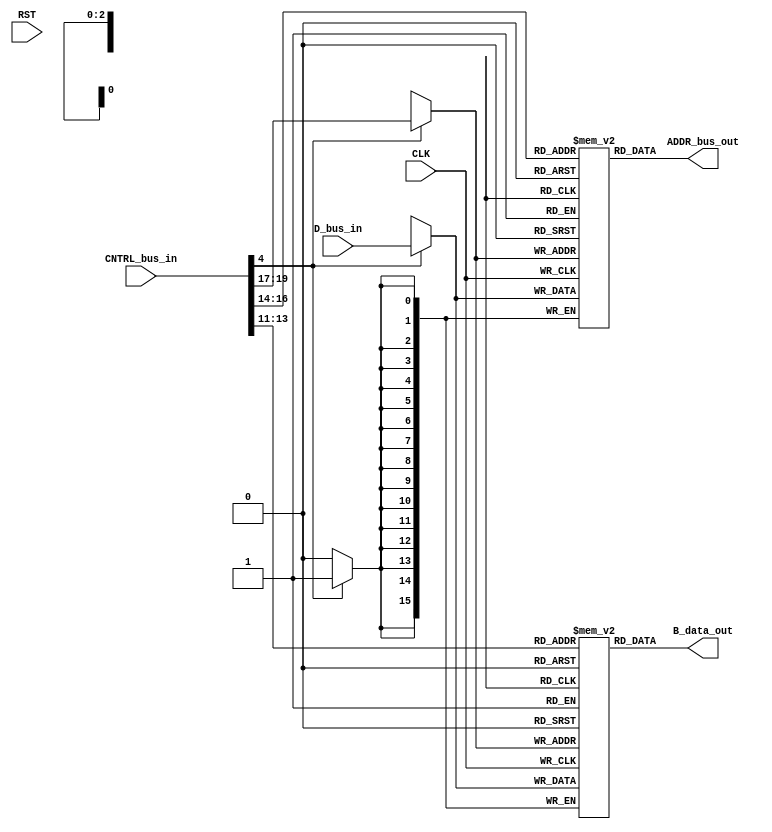
module Computer_Datapath_RegisterFile(
	output reg [WORD_WIDTH-1:0] ADDR_bus_out,
	output reg [WORD_WIDTH-1:0] B_data_out,
	input [CNTRL_WIDTH-1:0] CNTRL_bus_in,
	input [WORD_WIDTH-1:0] D_bus_in,
	input CLK,
	input RST
	);
parameter WORD_WIDTH = 16;
parameter DR_WIDTH = 3;
parameter SA_WIDTH = DR_WIDTH;
parameter SB_WIDTH = DR_WIDTH;
parameter OPCODE_WIDTH = 7;
parameter FS_WIDTH = 4;
parameter CNTRL_FLAGS_WIDTH = 7;
parameter CNTRL_WIDTH = DR_WIDTH+SA_WIDTH+SB_WIDTH+FS_WIDTH+CNTRL_FLAGS_WIDTH;
wire RW = CNTRL_bus_in[4];
wire [SA_WIDTH-1:0] DA = CNTRL_bus_in[19:17];
wire [SA_WIDTH-1:0] AA = CNTRL_bus_in[16:14];
wire [SA_WIDTH-1:0] BA = CNTRL_bus_in[13:11];
reg [WORD_WIDTH-1:0] SYNC_RAM0 [2**DR_WIDTH-1:0];
reg [WORD_WIDTH-1:0] SYNC_RAM1 [2**DR_WIDTH-1:0];
reg [DR_WIDTH-1:0] i;
always@(posedge CLK) begin
	if(RW) begin
		SYNC_RAM0[DA] <= D_bus_in;
		SYNC_RAM1[DA] <= D_bus_in;
	end
end
always@(*) begin
	ADDR_bus_out <= SYNC_RAM0[AA];
	B_data_out <= SYNC_RAM1[BA];
end
endmodule